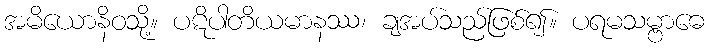
အမိယောနိဝသို့။ ပဋိပါတိယမာနဿ၊ ချအပ်သည်ဖြစ်၍။ ပရမသမ္ဗာဓေ